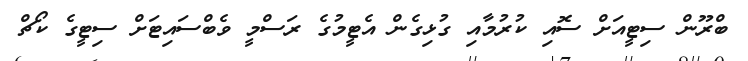
ބްރޫން ސިޓީއަށް ސޮއި ކުރުމާއި ގުޅިގެން އެޓީމުގެ ރަސްމީ ވެބްސައިޓަށް ސިޓީގެ ކޯޗް